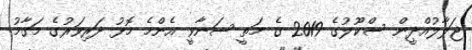
ޖަލާލުއްދީން ސްކޫލުގެ 2019 ގެ މަތީ ސަނާވީ އެންމެ މޮޅު ދަރިވަރުގެ މަގާމު